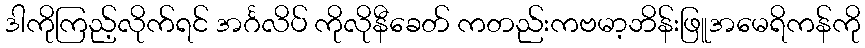
ဒါကိုကြည့်လိုက်ရင် အင်္ဂလိပ် ကိုလိုနီခေတ် ကတည်းကဗမာ့ဘိန်းဖြူအမေရိကန်ကို